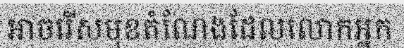
អាចរើសមុខតំណែងដែលលោកអ្នក